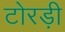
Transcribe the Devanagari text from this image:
टोरड़ी